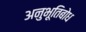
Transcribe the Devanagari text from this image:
अनुभूतिबोध